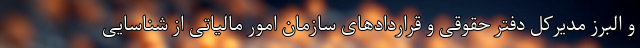
و البرز مدیرکل دفتر حقوقی و قراردادهای سازمان امور مالیاتی از شناسایی